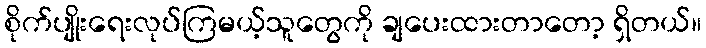
စိုက်ပျိုးရေးလုပ်ကြမယ့်သူတွေကို ချပေးထားတာတော့ ရှိတယ်။